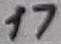
Text: 17